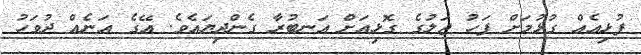
ފުޅިއެއް ގުޅުމަށް ފަހު ޖަލުގެ ގޮޅިއަށް އަނބުރާ ގެންދިޔައެވެ. އޭގެ އަނެއް ދުވަހު